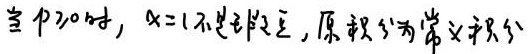
当 $p\geq0$ 时，$x = 1$ 不是瑕点，原积分为常义积分。